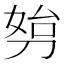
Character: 𠝔